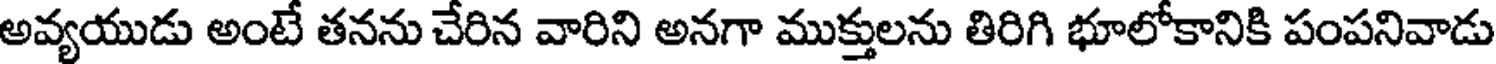
అవ్యయుడు అంటే తనను చేరిన వారిని అనగా ముక్తులను తిరిగి భూలోకానికి పంపనివాడు